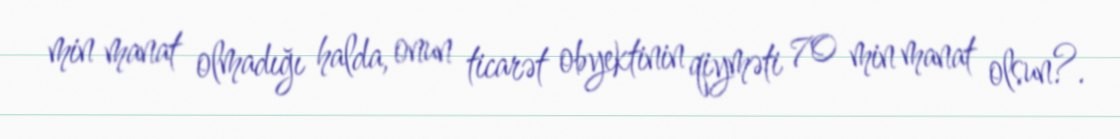
min manat olmadığı halda, onun ticarət obyektinin qiyməti 70 min manat olsun?.